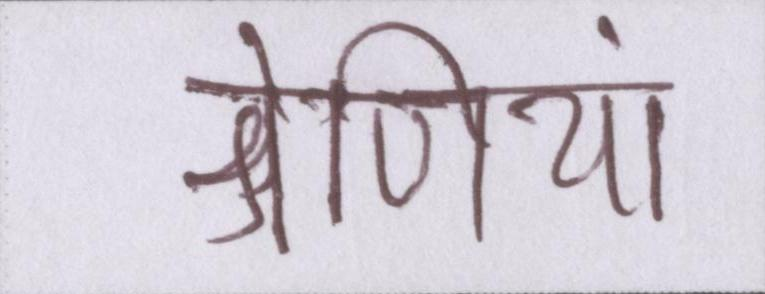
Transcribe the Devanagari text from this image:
श्रेणियां